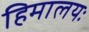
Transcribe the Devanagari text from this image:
हिमालयः